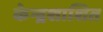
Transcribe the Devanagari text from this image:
केन्द्रशाशित